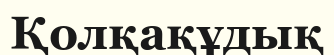
Қолқақұдық